Report on the working of the Ranchi Indian Mental Hospital, Kanke, in Bihar and Orissa - 1930-1940
Year: 1930
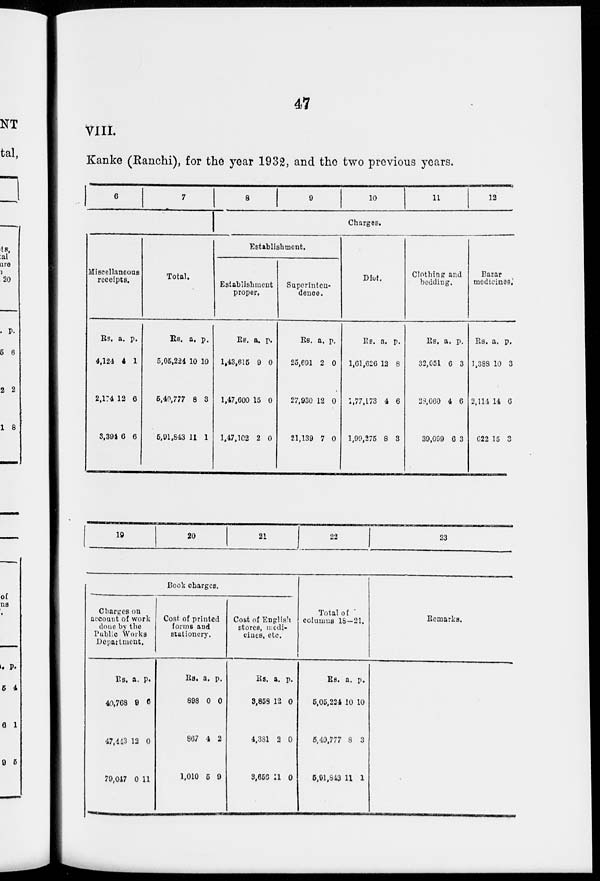
47
VIII.
Kanke (Ranchi), for the year 1932, and the two previous years.
6
7
Miscellaneous
receipts.
Rs.
4,124
2,174
3,394
a.
4
12
6
p.
1
6
6
Total.
Rs.
5,05,224
5,40,777
5,91,843
a.
10
8
11
p.
10
3
1
8
9
10
11
12
Charges.
Establishment.
Establishment
proper.
Rs.
1,43,615
1,47,600
1,47,102
a.
9
15
2
p.
0
0
0
Superinten-
dence.
Rs.
25,691
27,930
21,139
a.
2
12
7
p.
0
0
0
Diet.
Rs.
1,61,626
1,77,173
1,99,275
a.
12
4
8
p.
8
6
3
Clothing and
bedding.
Rs.
32,051
28,060
39,099
a.
6
4
6
p.
3
6
3
Bazar
medicines.
Rs.
1,388
2,114
622
a.
10
14
15
p.
3
6
3
19
20
21
22
23
Book charges.
Charges on
account of work
done by the
Public Works
Department.
Rs.
40,768
47,443
79,047
a.
9
12
0
p.
6
0
11
Cost of printed
forms and
stationery.
Rs.
898
867
1,010
a.
0
4
5
p.
0
2
9
Cost of English
stores, medi-
cines, etc.
Rs.
3,858
4,381
3,656
a.
12
2
11
p.
0
0
0
Total of
columns 18—21.
Rs.
5,05,224
5,40,777
5,91,843
a.
10
8
11
p.
10
3
1
Remarks.